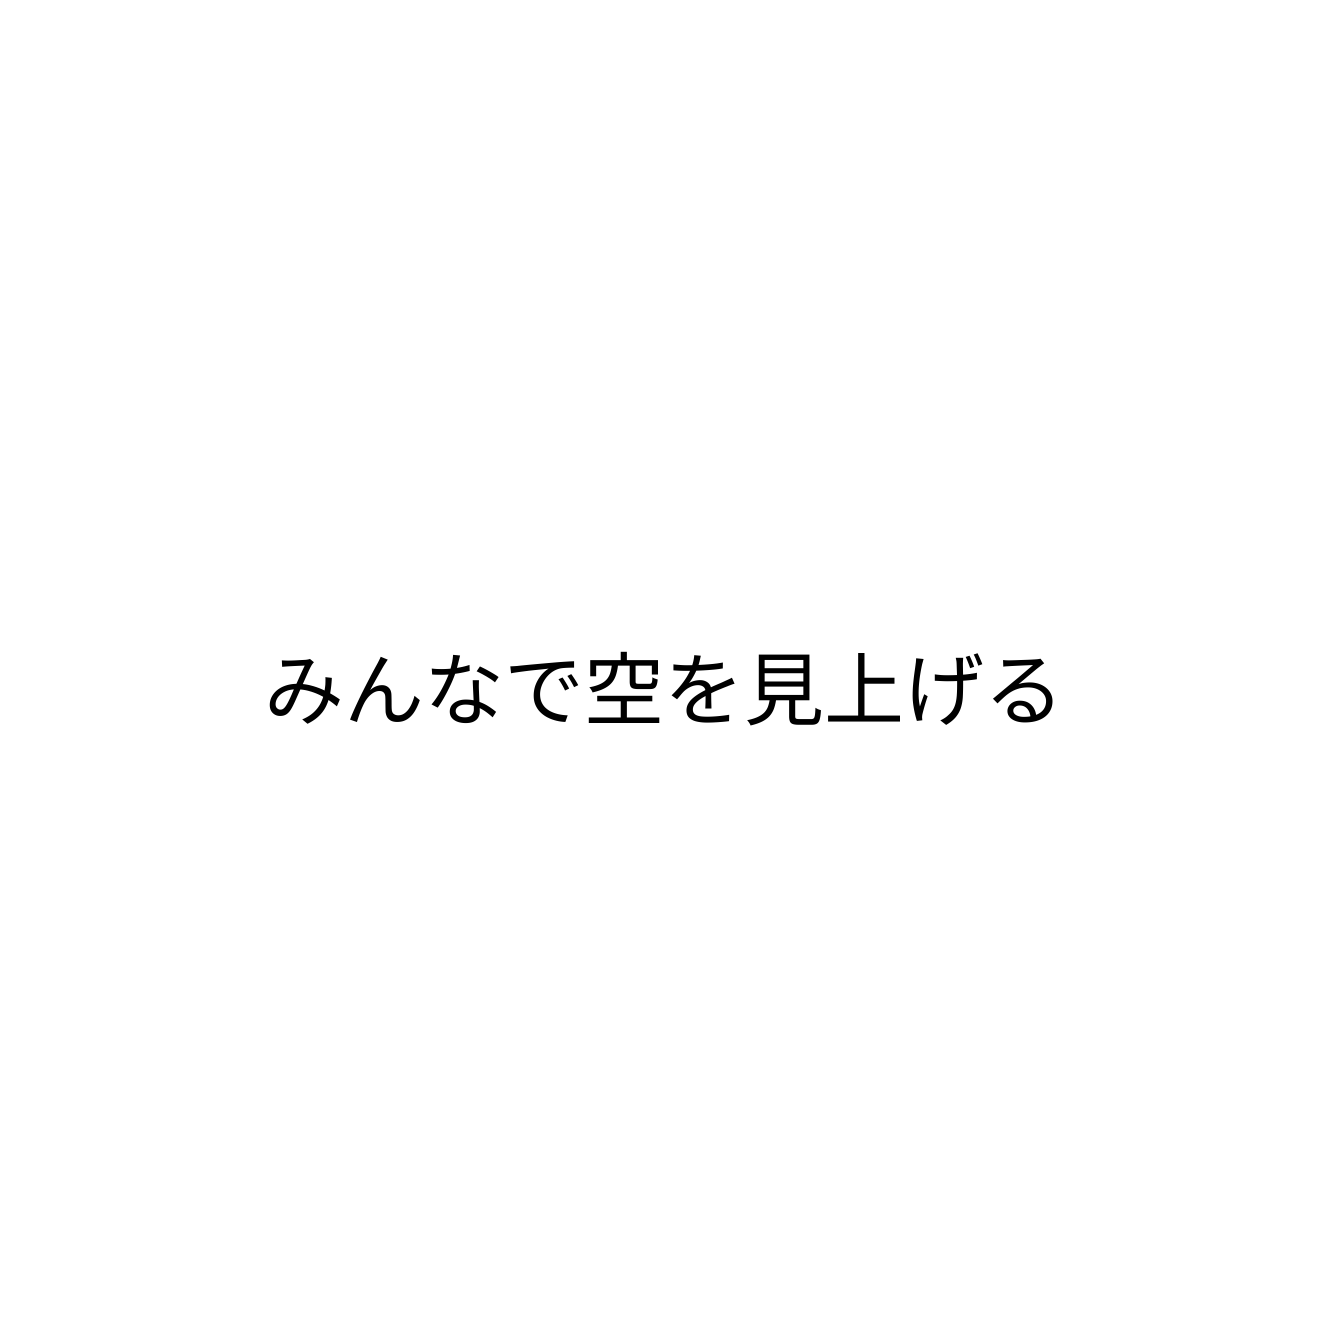
みんなで空を見上げる